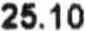
25.10